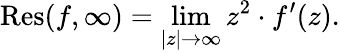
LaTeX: \operatorname{Res}(f,\infty)=\operatorname*{lim}_{|z|\to\infty}z^{2}\cdot f^{\prime}(z).